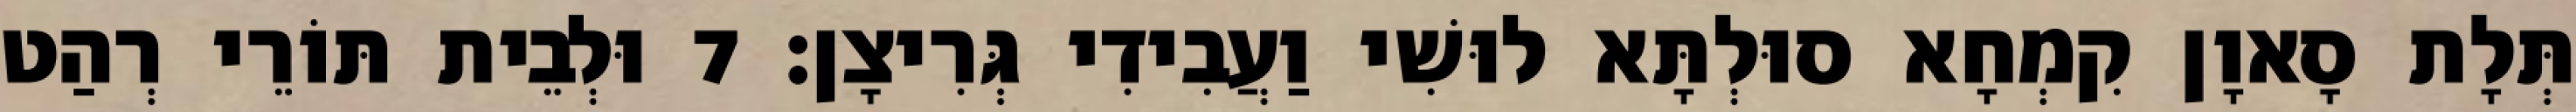
תְּלָת סָאוָן קִמְחָא סוּלְתָּא לוּשִׁי וַעֲבִידִי גְּרִיצָן׃ 7 וּלְבֵית תּוֹרֵי רְהַט